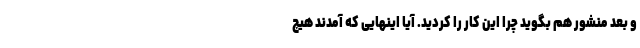
و بعد منشور هم بگوید چرا این کار را کردید. آیا اینهایی که آمدند هیچ